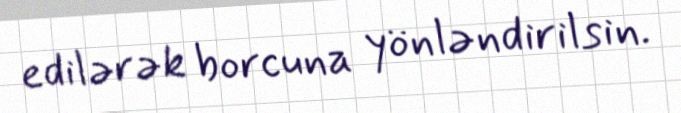
edilərək borcuna yönləndirilsin.